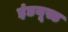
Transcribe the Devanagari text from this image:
इंडयूस्ड